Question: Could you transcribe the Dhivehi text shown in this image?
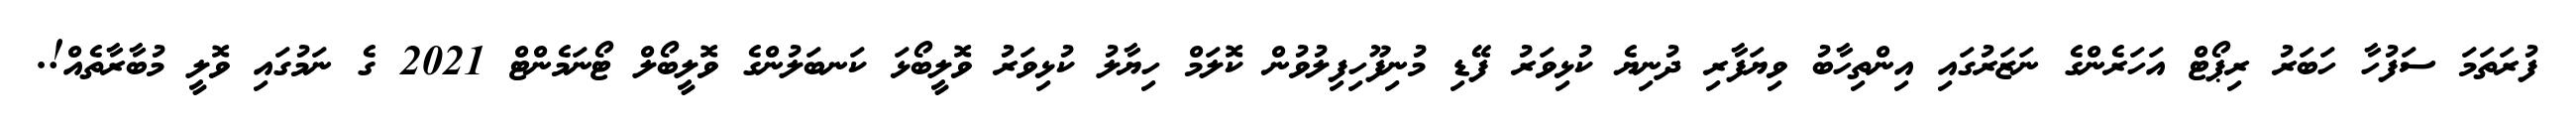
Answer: ފުރަތަމަ ސަފުހާ ހަބަރު ރިޕޯޓް އަހަރެންގެ ނަޒަރުގައި އިންތިހާބު ވިޔަފާރި ދުނިޔެ ކުޅިވަރު ފޭޑި މުނިފޫހިފިލުވުން ކޮލަމް ހިޔާލު ކުޅިވަރު ވޮލީބޯޅަ ކަނބަލުންގެ ވޮލީބޯލް ޓޯނަމެންޓް 2021 ގެ ނަމުގައި ވޮލީ މުބާރާތެއް!.